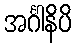
အင်္ဂါနိပိ